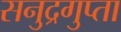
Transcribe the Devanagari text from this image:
सनुद्रगुप्ता